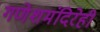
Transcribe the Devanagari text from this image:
गणेशमंदिरेही